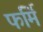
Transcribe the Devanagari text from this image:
फर्मि